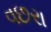
વછરા